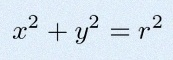
x^2+y^2=r^2